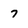
Character: 7